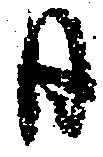
日